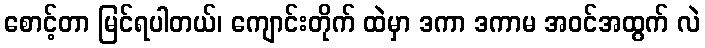
စောင့်တာ မြင်ရပါတယ်၊ ကျောင်းတိုက် ထဲမှာ ဒကာ ဒကာမ အဝင်အထွက် လဲ